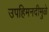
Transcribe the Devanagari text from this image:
उपहिमनदीमुळे